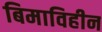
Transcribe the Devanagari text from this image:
बिमाविहीन